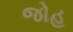
જોહ